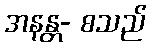
အနန္တ- စသည်